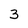
Character: 3